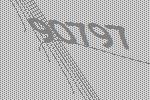
90797